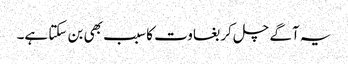
یہ آگے چل کر بغاوت کا سبب بھی بن سکتا ہے۔